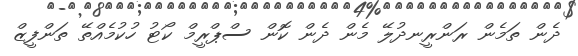
ދެން ތަމެން ރަންރީނދުލޭ މެން ދެން ކޮން ސްޕްރީމް ކޯޓު ހުކުމެއްތޭ ތަންފީޒް